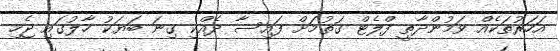
އަހަރުތަކެއް ވަމުންދާތީ ފްލެޓް ގަތުމަށް ފައިސާ ދެއްކި ގިނަ ބަޔަކު ހާލުގައި ޖެހި